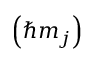
\left( \hbar m _ { j } \right)